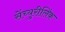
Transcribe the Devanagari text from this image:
सेंच्युरीलिंक